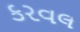
કરવલ